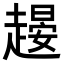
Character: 𧽉